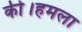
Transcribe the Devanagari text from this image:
की।हमला